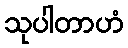
သုပါတာဟံ